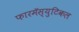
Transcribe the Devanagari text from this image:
फारमॅस्युटिकल